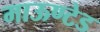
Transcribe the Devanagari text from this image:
माऊण्टेड